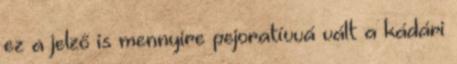
ez a jelző is mennyire pejoratívvá vált a kádári